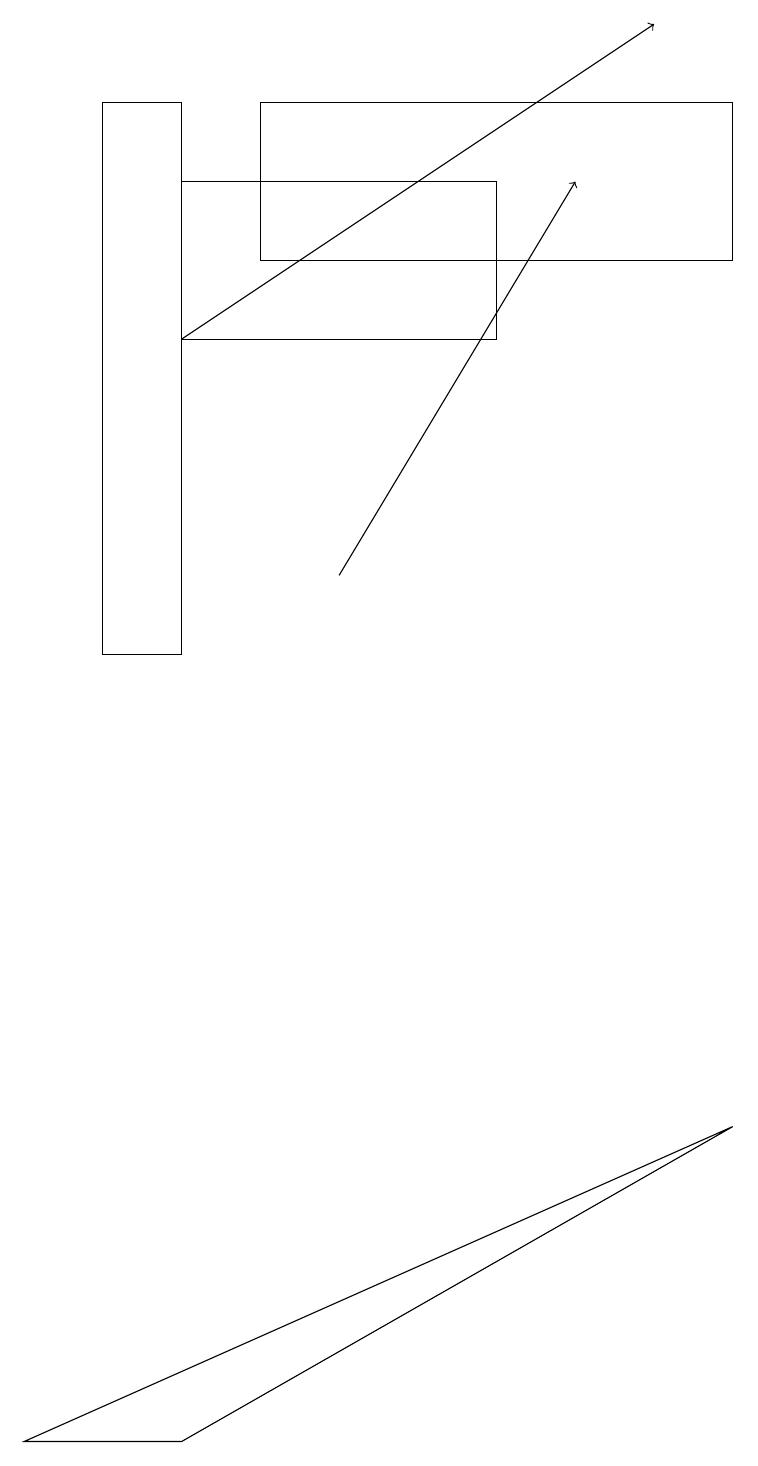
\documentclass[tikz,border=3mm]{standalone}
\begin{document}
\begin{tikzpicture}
\draw (2,18) rectangle (1,11);
\draw[->] (4,12) -- (7,17);
\draw (6,17) rectangle (2,15);
\draw[->] (2,15) -- (8,19);
\draw (9,18) rectangle (3,16);
\draw (2,1) -- (0,1) -- (9,5) -- cycle;
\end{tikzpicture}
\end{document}